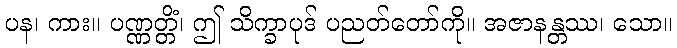
ပန၊ ကား။ ပဏ္ဏတ္တိံ၊ ဤ သိက္ခာပုဒ် ပညတ်တော်ကို။ အဇာနန္တဿ၊ သော။